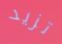
تزيد